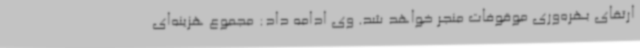
ارتقای بهره‌وری موقوفات منجر خواهد شد. وی ادامه داد: مجموع هزینه‌ای